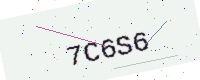
Text: 7C6S6